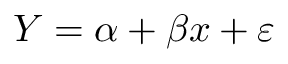
Y = \alpha + \beta x + \varepsilon